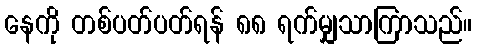
နေကို တစ်ပတ်ပတ်ရန် ၈၈ ရက်မျှသာကြာသည်။